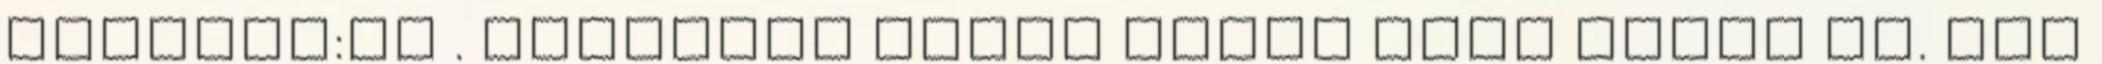
mondott:ok . bíztosan rossz napom volt nekem is. nem